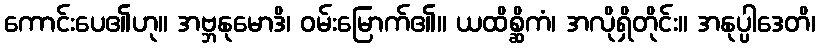
ကောင်းပေ၏ဟု။ အဗ္ဘနုမောဒိ၊ ဝမ်းမြောက်၏။ ယထိစ္ဆိကံ၊ အလိုရှိတိုင်း။ အနုပ္ပါဒေတိ၊